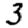
Digit: 3